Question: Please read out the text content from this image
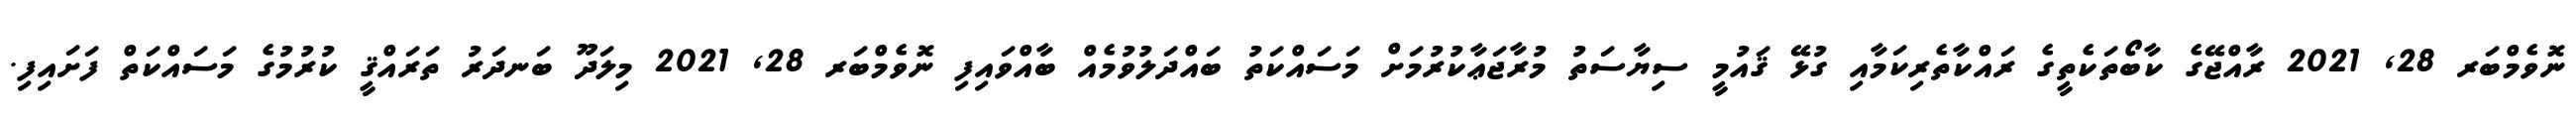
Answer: ނޮވެމްބަރ 28, 2021 ރާއްޖޭގެ ކާބޯތަކެތީގެ ރައްކާތެރިކަމާއި ގުޅޭ ޤައުމީ ސިޔާސަތު މުރާޖަޢާކުރުމަށް މަސައްކަތު ބައްދަލުވުމެއް ބާއްވައިފި ނޮވެމްބަރ 28, 2021 މިލަދޫ ބަނދަރު ތަރައްޤީ ކުރުމުގެ މަސައްކަތް ފަށައިފި.